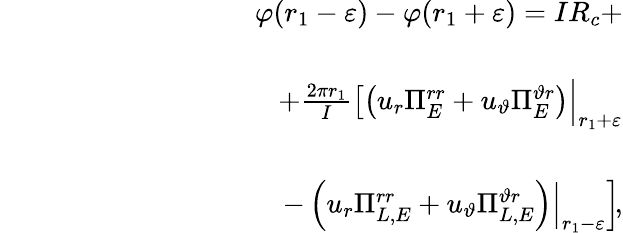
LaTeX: \begin{array}{rlr}&{}&{\varphi(r_{1}-\varepsilon)-\varphi(r_{1}+\varepsilon)=IR_{c}+}\\ &{}&\\ &{}&{\qquad\qquad+\frac{2\pi r_{1}}{I}\left[\left(u_{r}\Pi_{E}^{rr}+u_{\vartheta}\Pi_{E}^{\vartheta r}\right)\Big|_{r_{1}+\varepsilon}\right.}\\ &{}&\\ &{}&{\qquad\qquad\qquad\qquad\left.-\left(u_{r}\Pi_{L,E}^{rr}+u_{\vartheta}\Pi_{L,E}^{\vartheta r}\right)\Big|_{r_{1}-\varepsilon}\right]\! ,}\end{array}